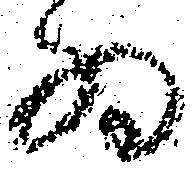
為